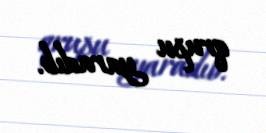
qrupu yaradıb.